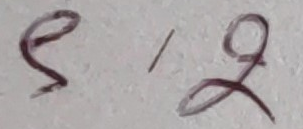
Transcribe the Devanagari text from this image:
९१२